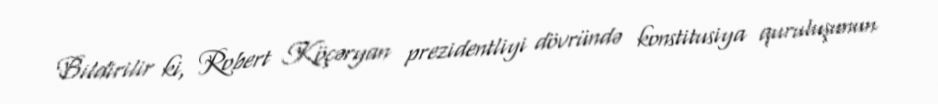
Bildirilir ki, Robert Köçəryan prezidentliyi dövründə konstitusiya quruluşunun